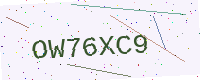
Text: OW76XC9